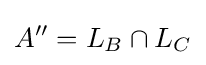
A''=L_{B}\cap L_{C}